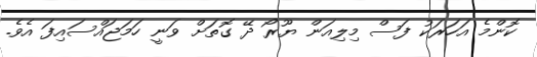
ކޮންމެ އަހަރަކު ފަސް މިލިއަން ޔޫރޯ ދޭ ގޮތަށް ވަނީ ހަމަޖައްސައިފަ އެވެ.